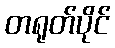
တရုတ်ပိုင်